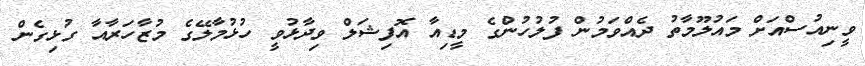
ވީނިއުސްއަށް މައުލޫމާތު ދެއްވަމުން ފުލުހުންގެ މީޑިއާ އޮފިޝަލް ވިދާޅުވީ ހުޅުމާލޭގެ މުޒާހަރާއާ ގުޅިގެން